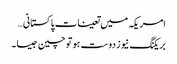
امریکہ میں تعینات پاکستانی…
بریکنگ نیوز دوست ہو تو چین جیسا ۔